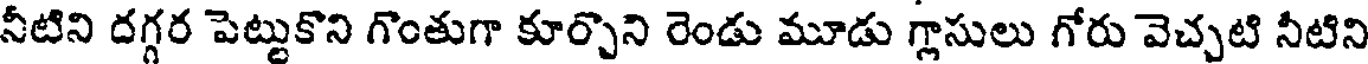
నీటిని దగ్గర పెట్టుకొని గొంతుగా కూర్చొని రెండు మూడు గ్లాసులు గోరు వెచ్చటి నీటిని